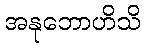
အနုဘောဟိသိ